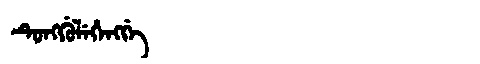
Manchu: ᡨᡠᠩᡤᡠᠯᡝᡥᡝᠩᡤᡝ
Romanization: TUNGGULEHENGGE